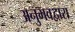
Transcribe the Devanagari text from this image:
अनुभवद्वारा